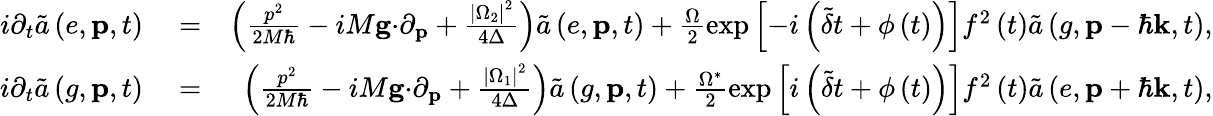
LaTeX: \begin{array}{rlr}{i\partial_{t}\tilde{a}\left(e,\mathbf{p},t\right)}&{{}=}&{\left(\frac{p^{2}}{2M\hbar}-iM\mathbf{g\cdot}\partial_{\mathbf{p}}+\frac{\left\vert\Omega_{2}\right\vert^{2}}{4\Delta}\right)\tilde{a}\left(e,\mathbf{p},t\right)+\frac{\Omega}{2}\exp\left[-i\left(\tilde{\delta}t+\phi\left(t\right)\right)\right]f^{2}\left(t\right)\tilde{a}\left(g,\mathbf{p}-\hbar\mathbf{k},t\right),}\\ {i\partial_{t}\tilde{a}\left(g,\mathbf{p},t\right)}&{{}=}&{\left(\frac{p^{2}}{2M\hbar}-iM\mathbf{g\cdot}\partial_{\mathbf{p}}+\frac{\left\vert\Omega_{1}\right\vert^{2}}{4\Delta}\right)\tilde{a}\left(g,\mathbf{p},t\right)+\frac{\Omega^{\ast}}{2}\exp\left[i\left(\tilde{\delta}t+\phi\left(t\right)\right)\right]f^{2}\left(t\right)\tilde{a}\left(e,\mathbf{p}+\hbar\mathbf{k},t\right),}\end{array}